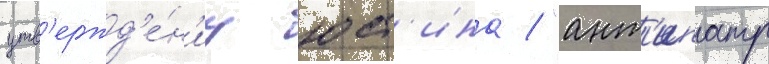
утв'ержд'е́н'иу юст'ина / "ант'ипатр